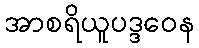
အာစရိယူပဒ္ဒဝေန